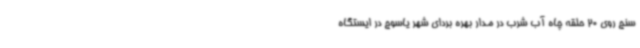
سنج روی 20 حلقه چاه آب شرب در مدار بهره بردای شهر یاسوج در ایستگاه